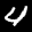
Label: 4